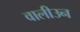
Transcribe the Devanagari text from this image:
वालीउन